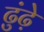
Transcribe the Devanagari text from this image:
ढुंढ़े